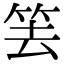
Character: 𥬔